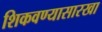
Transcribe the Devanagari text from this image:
शिकवण्यासारखा